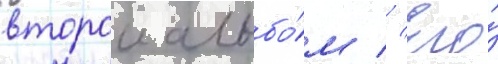
второи альбо́м // Его́